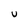
Character: v